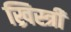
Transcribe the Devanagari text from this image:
ख्रिस्त्री